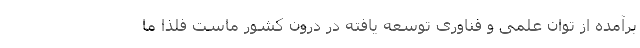
برآمده از توان علمی و فناوری توسعه یافته در درون کشور ماست فلذا ما